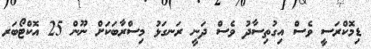
ޑިމޮކްރަސީ ވެސް އިގުތިސާދު ވެސް ދަނީ ރަނގަޅު މިސްރާބަކަށް ނޫން 25 އޮކްޓޯބަރ